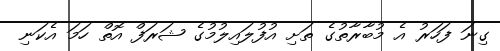
ގިނަ ފަހަރު އެ މުބާރާތުގެ ތަށި އުފުލައިލުމުގެ ޝަރަފް އޮތް ހަމަ އެކަނި